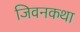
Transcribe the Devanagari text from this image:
जिवनकथा